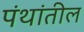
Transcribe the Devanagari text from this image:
पंथांतील